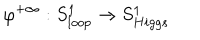
\varphi ^ { + \infty } : S _ { l o o p } ^ { 1 } \rightarrow S _ { H i g g s } ^ { 1 }